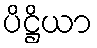
ပိဋ္ဌိယာ